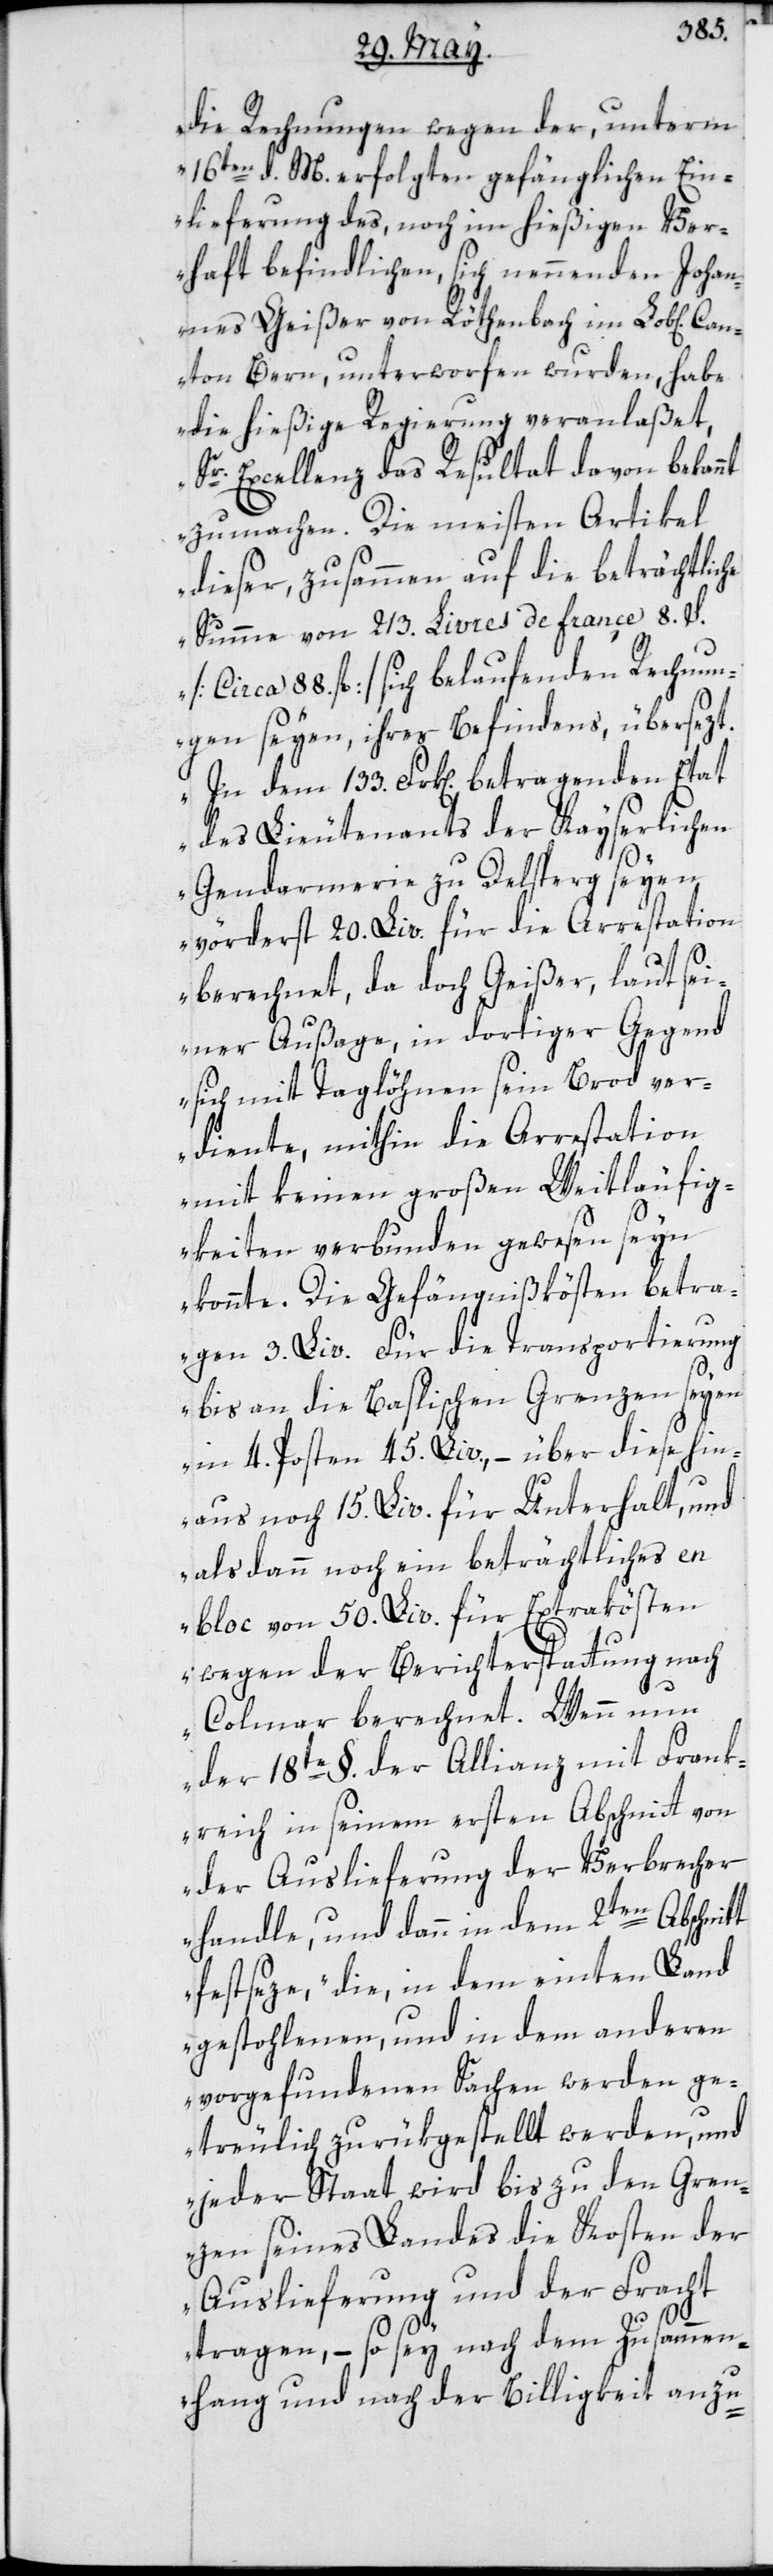
Ca¬
die Rechnungen wegen der, unterm
16ten d. M. erfolgten gefänglichen Ein¬
lieferung des noch im hießigen Ver¬
haft befindlichen, sich nennenden Joha¬
nnes Geißer von Röthenbach im Lobl[lichen]
nton Bern, unterworfen wurden, habe
die hießige Regierung veranlaßet,
Sr. Excellenz das Resultat davon bekannt
zu machen. Die meisten Artikel
dieser, zusammen auf die beträchtlic¬
Summe von 213. Livres de france 8. S.
[circa 88. fl.] sich belaufenden Rechnun¬
gen seyen, ihres Befindens, übersezt.
In dem 133. Frk[en]. betragenden Etat
des Lieutenants der Kayserlichen
Gendarmerie zu Delsperg seyen
vörderst 20. Liv. für die Arrestation
berechnet, da doch Geißer, laut sei¬
ner Außage, in dortiger Gegend
sich mit Taglöhnen sein Brod ver¬
diente, mithin die Arrestation
mit keinen großen Weitläufig¬
keiten verbunden gewesen seyn
konnte. Die Gefängnißkösten betra¬
gen 3. Liv. Für die Transportierung
bis an die Baslischen Grenzen seyen
in 4. Posten 45. Liv., – über diese hin¬
aus noch 15. Liv. für Unterhalt, und
alsdann noch ein beträchtliches en
bloc von 50. Liv. für Extrakösten
wegen der Berichtserstattung nach
he
Colmar berechnet. Wenn nun
der 18te §. der Allianz mit Frank¬
reich in seinem ersten Abschnitt von
der Auslieferung der Verbrecher
handle, und dann in dem 2ten Abschnitt
festseze, „die, in dem einten Land
gestohlenen, und in dem anderen
vorgefundenen Sachen werden ge¬
treulich zurükgestellt werden, und
jeder Staat wird bis zu den Gren¬
zen seines Landes die Kosten der
Auslieferung und der Fracht
tragen, – so sey nach dem Zusammen¬
hang und nach der Billigkeit anzu-